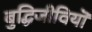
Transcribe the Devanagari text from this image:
बुद्धिजीवियॊं